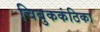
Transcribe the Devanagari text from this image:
चिबुककंठिका